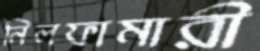
নিলফামারী